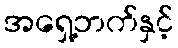
အရှေ့ဘက်နှင့်